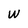
Character: W